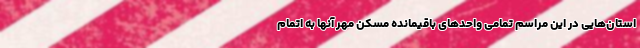
استان‌هایی در این مراسم تمامی واحدهای باقیمانده مسکن مهر آنها به اتمام